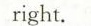
right.